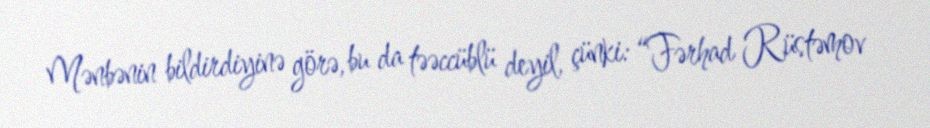
Mənbənin bildirdiyinə görə, bu da təəccüblü deyil, çünki: “Fərhad Rüstəmov